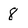
Character: 8